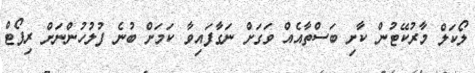
ލޯކަލް މާރުކޭޓުން ކާށި ބަސްތާއެއް ވަގަށް ނަގާފައިވާ ކަމަށް ބުނެ ފުލުހުންނަށް ރިޕޯޓް